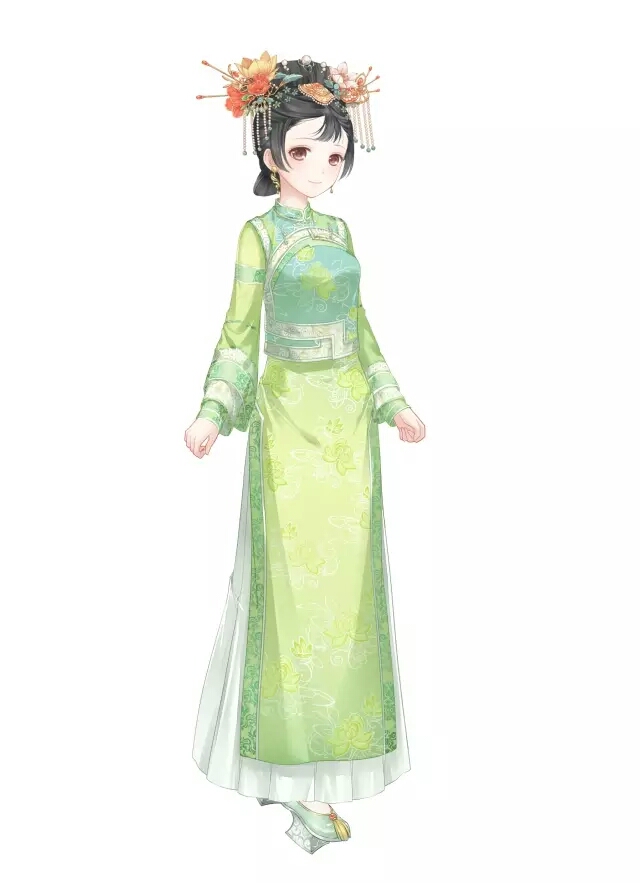
露湿晴花春殿香，月明歌吹在昭阳。